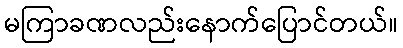
မကြာခဏလည်းနောက်ပြောင်တယ်။